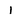
Character: I